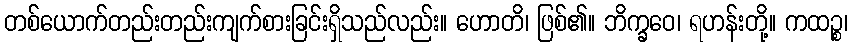
တစ်ယောက်တည်းတည်းကျက်စားခြင်းရှိသည်လည်း။ ဟောတိ၊ ဖြစ်၏။ ဘိက္ခဝေ၊ ရဟန်းတို့။ ကထဉ္စ၊